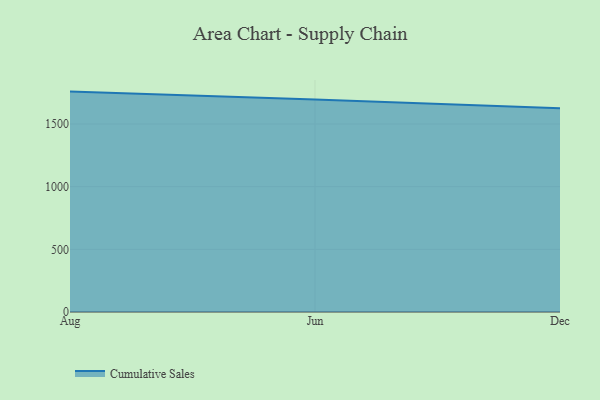
{"axis": {"x": "Month", "y": "Tickets Resolved"}, "legend": ["Cumulative Sales"], "data": [{"x": "Aug", "y": 1758.7, "type": "Cumulative Sales"}, {"x": "Jun", "y": 1696.0, "type": "Cumulative Sales"}, {"x": "Dec", "y": 1626.0, "type": "Cumulative Sales"}]}